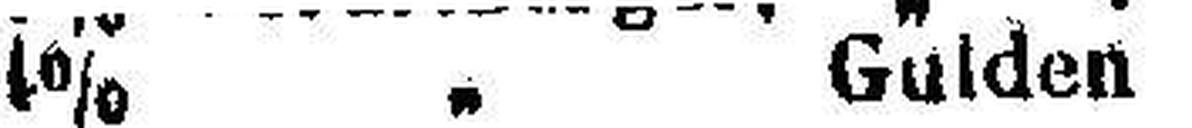
4% „ Gulden